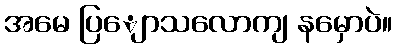
အမေ ပြျောသလောကျ နမှောပဲ။